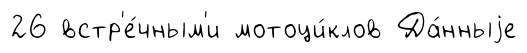
26 встр'е́чным'и мотоци́клов Да́нныjе